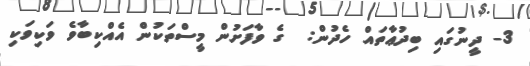
3- ދީނުގައި ބިދުޢާތައް ހެދުން:  ގެ ވާފަށުން މީސްތަކުން އެއްކިބާވެ ވަކިވަކި